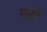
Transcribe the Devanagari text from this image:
मुटी